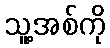
သူ့အစ်ကို